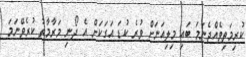
ކުރިމަތިވެއްޖެނަމަ ބައި މިލިއަނަށް ވުރެ ކުޑަ އަގަކަށް އެ ދޯނި މަރާމާތު ކުރެވޭނަމަ